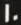
10